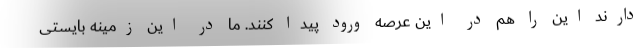
دارند این را هم در این عرصه ورود پیدا کنند. ما در این زمینه بایستی